Vaccination in Bombay 1874-1876 - 1874-1876
Year: 1874
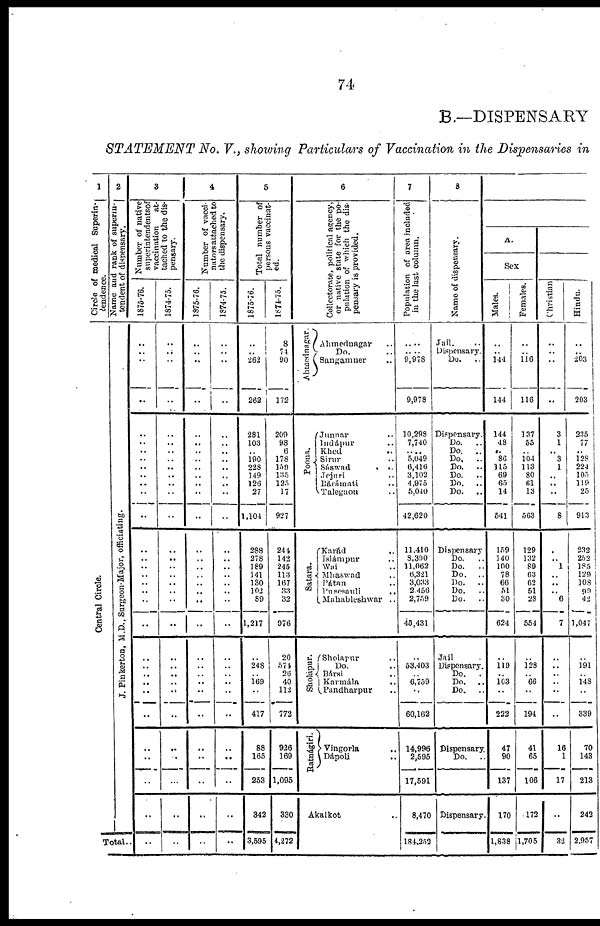
74
B.—DISPENSARY
STATEMENT
No. V., showing Particulars of Vaccination in the Dispensaries in
1
Circle of medical Superin-
tendence.
Central Circle.
2
Name and rank of superin-
tendent of dispensary.
J. Pi n k e r t o n , M. D. , Surgeon-Major, officiating.
Total..
3
Number of native
superintendentsof
vaccination
at-
tached to the dis-
pensary.
1875-76.
..
..
..
..
..
..
..
..
..
.. ..
..
..
..
..
..
..
..
..
..
..
..
.. ..
..
..
..
..
..
..
..
..
1874-75.
..
..
..
..
..
..
..
..
..
..
..
..
..
..
..
..
..
..
..
..
..
..
.. ..
.. ..
..
..
..
..
..
..
4
Number of vacci¬
nators attached to
the dispensary.
1875-76.
..
..
..
..
..
..
..
..
..
..
..
..
..
..
..
..
..
..
.. ..
..
..
..
..
..
..
..
..
..
..
..
..
1874-75.
..
..
..
..
..
..
..
..
..
.. ..
..
..
..
.. ..
..
..
..
..
..
..
..
..
..
..
..
..
..
..
..
..
5
Total number of
persons vaccinat-
ed.
1875-76.
..
.. 262
262
281
103
.. 190
228
149
126
27
1,104
288
278
189
141
130
102
89
1,217
..
248
.. 169
..
417
88
165
253
342
3,595
l874-75.
8
74
90
172
209
98
6
178
159
135
125
17
927
244
142
245
113
167
33
32
976
20
574
26
40
112
772
926
169
1,095
330
4,272
6
Collectorate, political agency,
or native state for the po-
pulation of which the dis-
pensary is provided.
Ahmednagar.
Ahmednagar ..
Do. ..
Sangamner ..
Poona.
Junnar ..
Indápur ..
Khed ..
Sirur ..
Sáswad
..
Jejuri ..
Bárámati ..
Talegaon ..
Satara.
Karád ..
Islámpur ..
Wai ..
Mhaswad ..
Pátan ..
Pnsesauli ..
Mahableshwar ..
Sholápur.
Sholapur ..
Do. ..
Bársi ..
Karmála ..
Pandharpur ..
Ratnágiri.
Vingorla ..
Dápoli ..
Akalkot ..
7
Population of area included
in the last column.
....
.... 9,978
9,978
10,298
7,740
....
5,049
6,416
3,102
4,975
5,040
42,620
11,410
8,390
11,062
6,321
3,033
2,456
2,759
45,431
..
53,403
.. 6,759
..
60,162
14,996
2,595
17,591
8,470
184,252
8
Name of dispensary.
Jail. ..
Dispensary.
Do.
..
Dispensary.
Do.
..
Do.
..
Do.
..
Do.
..
Do.
..
Do.
..
Do.
..
Dispensary
Do.
..
Do.
..
Do.
..
Do.
..
Do.
..
Do.
..
Jail
Dispensary.
Do.
.
Do.
..
Do.
..
Dispensary.
Do.
..
Dispensary
A.
Sex
Males.
..
.. 144
144
144
48
..
86
115
69
65
14
541
159
140
100
78
66
51
30
624
..
119
.. 103
..
222
47
90
137
170
1,838
Females.
..
.. 116
116
137
55
.. 104
113
80
61
13
563
129
132
89
63
62
51
28
554
..
128
.. 66
..
194
41
65
106
172
1,705
Christian
..
..
..
..
3
1
.. 3
1
.. ..
..
8
.
.. 1
.. ..
.. 6
7
..
..
..
..
..
..
16
1
17
..
32
Hindu.
..
.. 203
203
235
77
.. 128
224
105
119
25
913
232
252
185
129
108
99
42
1,047
..
191
.. 148
..
339
70
143
213
242
2,957